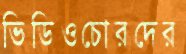
ভিডিওচোরদের